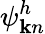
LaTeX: \psi_{{\mathbf k}n}^{h}